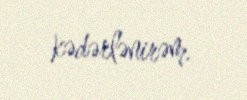
kədərlənirəm.